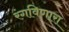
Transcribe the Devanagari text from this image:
रंगविणारा